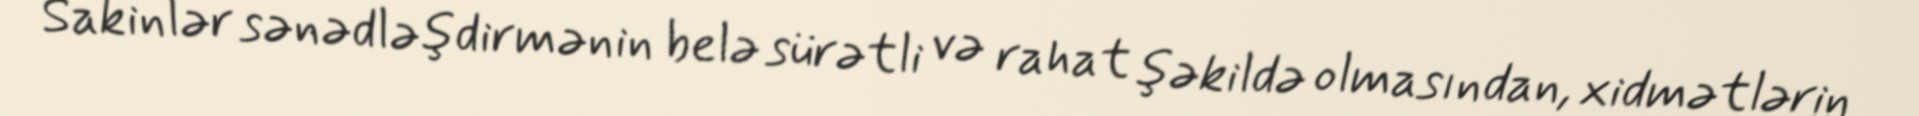
Sakinlər sənədləşdirmənin belə sürətli və rahat şəkildə olmasından, xidmətlərin